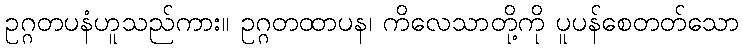
ဥဂ္ဂတပနံဟူသည်ကား။ ဥဂ္ဂတထာပန၊ ကိလေသာတို့ကို ပူပန်စေတတ်သော